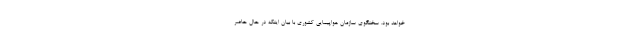
خواهد بود. سخنگوی سازمان هواپیمایی کشوری با بیان اینکه در حال حاضر